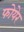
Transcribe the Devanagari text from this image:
फोयेर